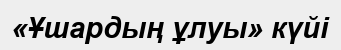
«Ұшардың ұлуы» күйі